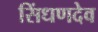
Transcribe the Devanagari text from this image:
सिंधणदेव